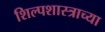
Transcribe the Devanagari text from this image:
शिल्पशास्त्राच्या